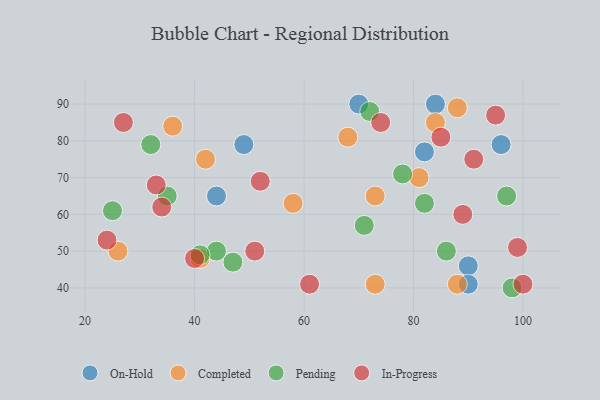
{"axis": {"x": "GDP", "y": "Life Expectancy"}, "legend": ["Completed", "In-Progress", "On-Hold", "Pending"], "data": [{"x": "70", "y": 90, "type": "On-Hold"}, {"x": "96", "y": 79, "type": "On-Hold"}, {"x": "90", "y": 46, "type": "On-Hold"}, {"x": "49", "y": 79, "type": "On-Hold"}, {"x": "90", "y": 41, "type": "On-Hold"}, {"x": "82", "y": 77, "type": "On-Hold"}, {"x": "84", "y": 90, "type": "On-Hold"}, {"x": "44", "y": 65, "type": "On-Hold"}, {"x": "42", "y": 75, "type": "Completed"}, {"x": "88", "y": 41, "type": "Completed"}, {"x": "26", "y": 50, "type": "Completed"}, {"x": "81", "y": 70, "type": "Completed"}, {"x": "41", "y": 48, "type": "Completed"}, {"x": "73", "y": 65, "type": "Completed"}, {"x": "68", "y": 81, "type": "Completed"}, {"x": "88", "y": 89, "type": "Completed"}, {"x": "36", "y": 84, "type": "Completed"}, {"x": "84", "y": 85, "type": "Completed"}, {"x": "73", "y": 41, "type": "Completed"}, {"x": "58", "y": 63, "type": "Completed"}, {"x": "32", "y": 79, "type": "Pending"}, {"x": "86", "y": 50, "type": "Pending"}, {"x": "44", "y": 50, "type": "Pending"}, {"x": "82", "y": 63, "type": "Pending"}, {"x": "25", "y": 61, "type": "Pending"}, {"x": "71", "y": 57, "type": "Pending"}, {"x": "35", "y": 65, "type": "Pending"}, {"x": "47", "y": 47, "type": "Pending"}, {"x": "72", "y": 88, "type": "Pending"}, {"x": "97", "y": 65, "type": "Pending"}, {"x": "78", "y": 71, "type": "Pending"}, {"x": "41", "y": 49, "type": "Pending"}, {"x": "98", "y": 40, "type": "Pending"}, {"x": "40", "y": 48, "type": "In-Progress"}, {"x": "34", "y": 62, "type": "In-Progress"}, {"x": "33", "y": 68, "type": "In-Progress"}, {"x": "91", "y": 75, "type": "In-Progress"}, {"x": "99", "y": 51, "type": "In-Progress"}, {"x": "27", "y": 85, "type": "In-Progress"}, {"x": "52", "y": 69, "type": "In-Progress"}, {"x": "61", "y": 41, "type": "In-Progress"}, {"x": "85", "y": 81, "type": "In-Progress"}, {"x": "24", "y": 53, "type": "In-Progress"}, {"x": "74", "y": 85, "type": "In-Progress"}, {"x": "100", "y": 41, "type": "In-Progress"}, {"x": "51", "y": 50, "type": "In-Progress"}, {"x": "89", "y": 60, "type": "In-Progress"}, {"x": "95", "y": 87, "type": "In-Progress"}]}